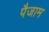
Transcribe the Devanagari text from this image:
पैजाम